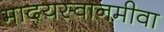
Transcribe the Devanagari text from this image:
मादयस्वानमीवा